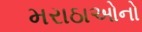
મરાઠાઓનો